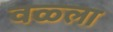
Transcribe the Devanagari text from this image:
वळ्ला